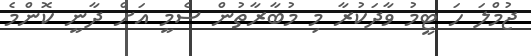
ޖުމްލަ ހަ ޓީމު ވާދަކުރާ މި މުބާރާތުން ސެމީ އަށް ދާނީ ކޮންމެ